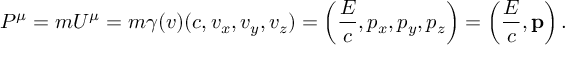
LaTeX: P ^ { \mu } = m U ^ { \mu } = m \gamma ( v ) ( c , v _ { x } , v _ { y } , v _ { z } ) = \left( { \frac { E } { c } } , p _ { x } , p _ { y } , p _ { z } \right) = \left( { \frac { E } { c } } , \mathbf { p } \right) .